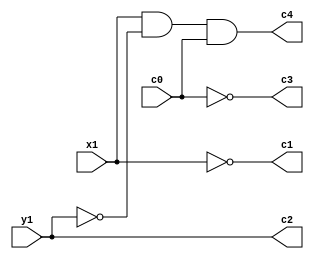
module generator(
output c1, c2, c3, c4,
input x1, y1, c0
);

wire w1;

assign c2 = y1;
not n1(c1, x1);
not n2(w1, y1);
not n3(c3, c0);
and a1(c4, x1, w1, c0);

endmodule